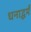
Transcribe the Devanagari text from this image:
धनाद्धर्मं